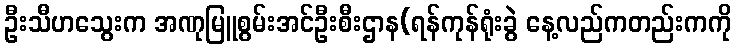
ဦးသီဟသွေးက အဏုမြူစွမ်းအင်ဦးစီးဌာန(ရန်ကုန်ရုံးခွဲ နေ့လည်ကတည်းကကို